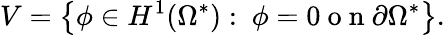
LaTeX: V=\left\{ \phi\in H^{1}(\Omega^{*}):\ \phi=0\mathrm{~o~n~}\partial\Omega^{*}\right\} .